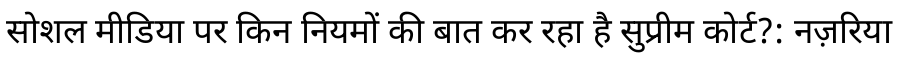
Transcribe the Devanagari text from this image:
सोशल मीडिया पर किन नियमों की बात कर रहा है सुप्रीम कोर्ट?: नज़रिया